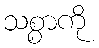
သစ္စာကို